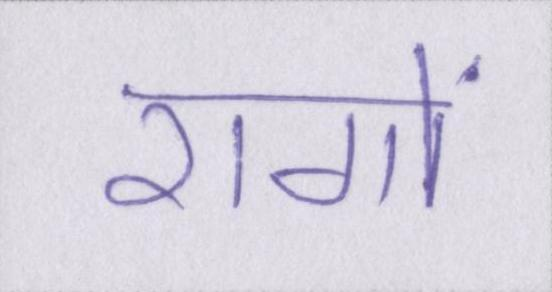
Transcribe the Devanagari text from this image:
रागों